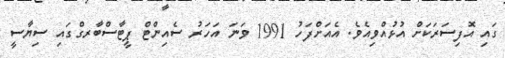
ގައި އޮފިސަރަކަށް އުޅުއްވިއެވެ. އެއަށްފަހު 1991 ވަނަ އަހަރު ސެއިންޓް ޕީޓާސްބާރގްގައި ސިޔާސީ